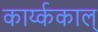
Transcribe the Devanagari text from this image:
कार्य्ककाल्